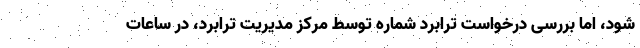
شود، اما بررسی درخواست ترابرد شماره توسط مرکز مدیریت ترابرد، در ساعات